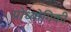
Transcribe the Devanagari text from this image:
प्रोध्योगिकी